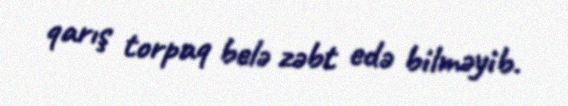
qarış torpaq belə zəbt edə bilməyib.